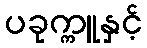
ပခုက္ကူနှင့်